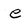
Character: e